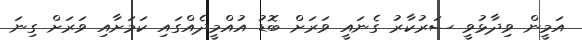
އަމީން ވިދާޅުވީ ސަރުކާރު ގެނައީ ވަރަށް ބޮޑު އުއްމީދެއްގައި ކަމަށާއި ވަރަށް ގިނަ